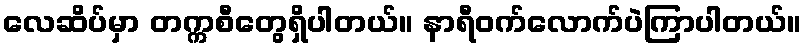
လေဆိပ်မှာ တက္ကစီတွေရှိပါတယ်။ နာရီဝက်လောက်ပဲကြာပါတယ်။